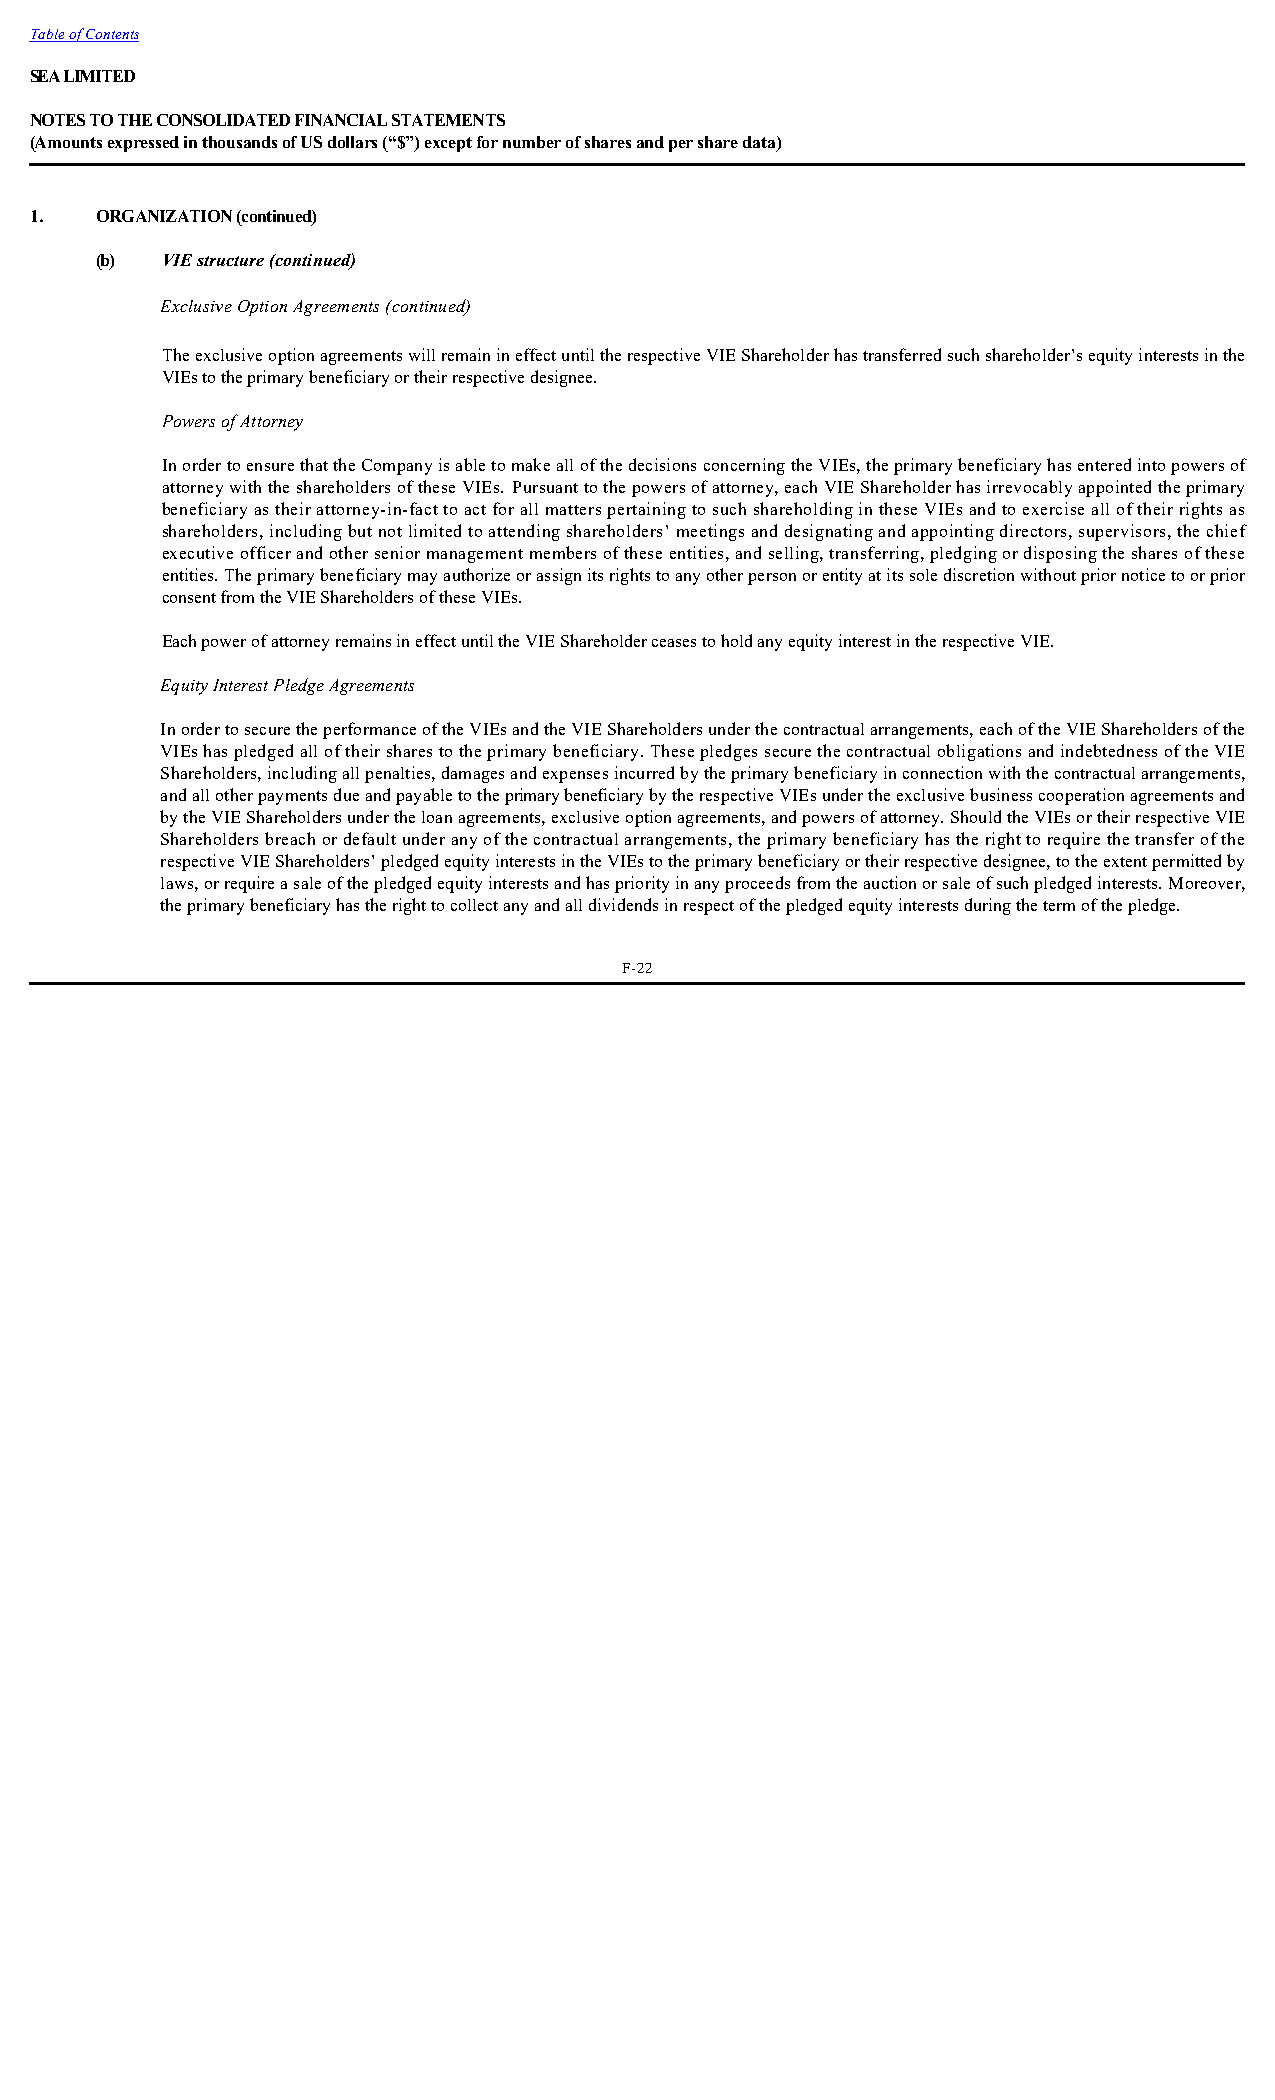
Table of Contents
 SEA LIMITED
 NOTES TO THE CONSOLIDATED FINANCIAL STATEMENTS
 (Amounts expressed in thousands of US dollars (“$”) except for number of shares and per share data)
 1.  ORGANIZATION (continued)
 (b)  VIE structure (continued)
 Exclusive Option Agreements (continued)
 The exclusive option agreements will remain in effect until the respective VIE Shareholder has transferred such shareholder’s equity interests in the
 VIEs to the primary beneficiary or their respective designee.
 Powers of Attorney
 In order to ensure that the Company is able to make all of the decisions concerning the VIEs, the primary beneficiary has entered into powers of
 attorney with the shareholders of these VIEs. Pursuant to the powers of attorney, each VIE Shareholder has irrevocably appointed the primary
 beneficiary as their attorney-in-fact to act for all matters pertaining to such shareholding in these VIEs and to exercise all of their rights as
 shareholders, including but not limited to attending shareholders’ meetings and designating and appointing directors, supervisors, the chief
 executive officer and other senior management members of these entities, and selling, transferring, pledging or disposing the shares of these
 entities. The primary beneficiary may authorize or assign its rights to any other person or entity at its sole discretion without prior notice to or prior
 consent from the VIE Shareholders of these VIEs.
 Each power of attorney remains in effect until the VIE Shareholder ceases to hold any equity interest in the respective VIE.
 Equity Interest Pledge Agreements
 In order to secure the performance of the VIEs and the VIE Shareholders under the contractual arrangements, each of the VIE Shareholders of the
 VIEs has pledged all of their shares to the primary beneficiary. These pledges secure the contractual obligations and indebtedness of the VIE
 Shareholders, including all penalties, damages and expenses incurred by the primary beneficiary in connection with the contractual arrangements,
 and all other payments due and payable to the primary beneficiary by the respective VIEs under the exclusive business cooperation agreements and
 by the VIE Shareholders under the loan agreements, exclusive option agreements, and powers of attorney. Should the VIEs or their respective VIE
 Shareholders breach or default under any of the contractual arrangements, the primary beneficiary has the right to require the transfer of the
 respective VIE Shareholders’ pledged equity interests in the VIEs to the primary beneficiary or their respective designee, to the extent permitted by
 laws, or require a sale of the pledged equity interests and has priority in any proceeds from the auction or sale of such pledged interests. Moreover,
 the primary beneficiary has the right to collect any and all dividends in respect of the pledged equity interests during the term of the pledge.
 F-22